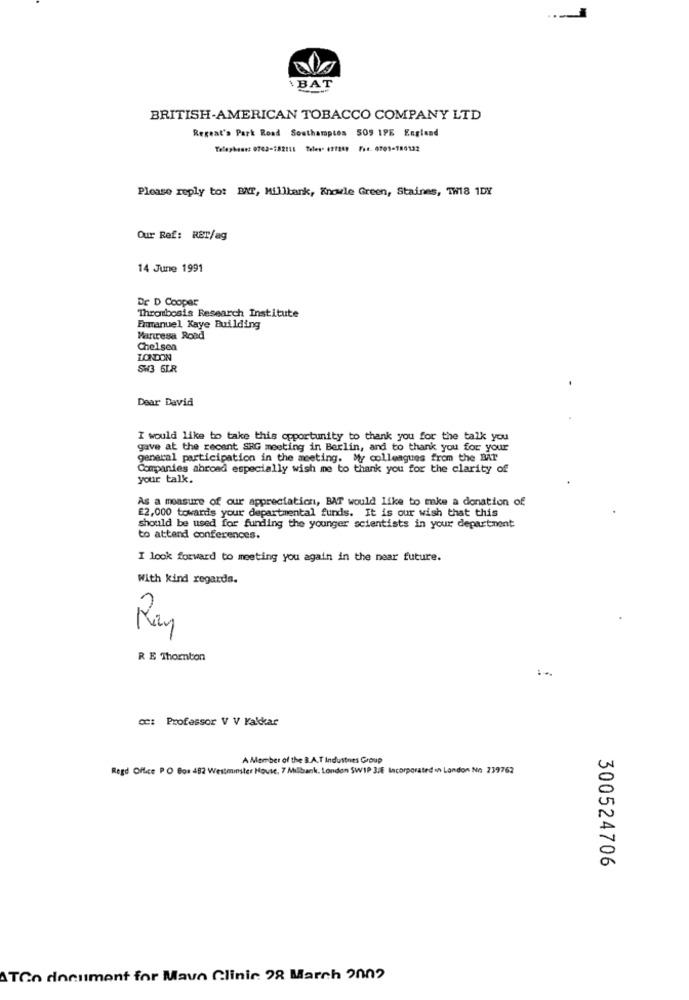
\BAT
BRITISH-AMERICAN TOBACCO COMPANY LTD
Regent's Park Road Southampton 509 196 England
Telephone: 0702 -; 82111 Deles- 491849 Fit. 4701-180132
Please reply to: ENT, Millbank, Knowle Green, Staines, TW18 1DV
Our Ref: RET/ag
14 June 1991
Dr D Cooper
Thrombosis Research Institute
Emmanuel Kaye Building
Vartresa Road
Chelsea
LONDON
SW3 6IR
Dear David
I would like to take this opportunity to thank you for the talk you
gave at the recent SRG meeting in Berlin, and to thank you for your
general participation in the meeting. My colleagues from the BAT
Companies abroad especially wish me to thank you for the clarity of
your talk.
As a measure of our appreciation, BAT would like to make a donation of
£2,000 towards your departmental funds. It is our wish that this
should be used for funding the younger scientists in your department
to attend conferences.
I look forward to meeting you again in the near future.
With kind regards.
Pay
R E Thornton
cc: Professor V V Kaldkar
A Member of the B.A.T Industnes Group
Regd Office PO Box 482 Westminster House, 7 Milbank, London SWVIP 3/E Incorporated in London Nn 239762
300524706
ATCo document for Mayo Clinic 98 March 200?